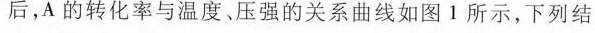
后，A的转化率与温度、压强的关系曲线如图1所示，下列结